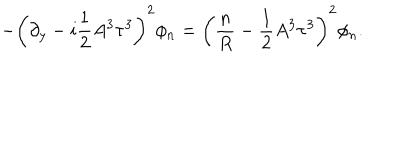
LaTeX: - \left( \partial _ { y } - i \frac { 1 } { 2 } A ^ { 3 } \tau ^ { 3 } \right) ^ { 2 } \phi _ { n } = \left( \frac { n } { R } - \frac { 1 } { 2 } A ^ { 3 } \tau ^ { 3 } \right) ^ { 2 } \phi _ { n } .